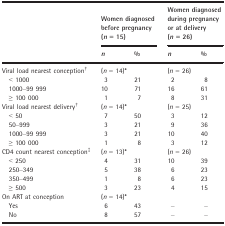
<table><thead><tr><td rowspan="2"></td><td colspan="2"><b>Women diagnosed before pregnancy (<i>n</i> = 15)</b></td><td colspan="2"><b>Women diagnosed during pregnancy or at delivery (<i>n</i> = 26)</b></td></tr><tr><td><b><i>n</i></b></td><td><b>%</b></td><td><b><i>n</i></b></td><td><b>%</b></td></tr></thead><tbody><tr><td>Viral load nearest conceptionb</td><td colspan="2">(<i>n </i>=<i> </i>14)a</td><td colspan="2">(<i>n </i>=<i> </i>26)</td></tr><tr><td>&lt; 1000</td><td>3</td><td>21</td><td>2</td><td>8</td></tr><tr><td>1000–99 999</td><td>10</td><td>71</td><td>16</td><td>61</td></tr><tr><td>≥ 100 000</td><td>1</td><td>7</td><td>8</td><td>31</td></tr><tr><td>Viral load nearest deliveryb</td><td colspan="2">(<i>n </i>=<i> </i>14)a</td><td colspan="2">(<i>n </i>=<i> </i>25)</td></tr><tr><td>&lt; 50</td><td>7</td><td>50</td><td>3</td><td>12</td></tr><tr><td>50–999</td><td>3</td><td>21</td><td>9</td><td>36</td></tr><tr><td>1000–99 999</td><td>3</td><td>21</td><td>10</td><td>40</td></tr><tr><td>≥ 100 000</td><td>1</td><td>8</td><td>3</td><td>12</td></tr><tr><td>CD4 count nearest conceptionc</td><td colspan="2">(<i>n </i>=<i> </i>13)a</td><td colspan="2">(<i>n </i>=<i> </i>26)</td></tr><tr><td>&lt; 250</td><td>4</td><td>31</td><td>10</td><td>39</td></tr><tr><td>250–349</td><td>5</td><td>38</td><td>6</td><td>23</td></tr><tr><td>350–499</td><td>1</td><td>8</td><td>6</td><td>23</td></tr><tr><td>≥ 500</td><td>3</td><td>23</td><td>4</td><td>15</td></tr><tr><td>On ART at conception</td><td colspan="2">(<i>n </i>=<i> </i>14)a</td><td colspan="2"></td></tr><tr><td>Yes</td><td>6</td><td>43</td><td>–</td><td>–</td></tr><tr><td>No</td><td>8</td><td>57</td><td>–</td><td>–</td></tr></tbody></table>